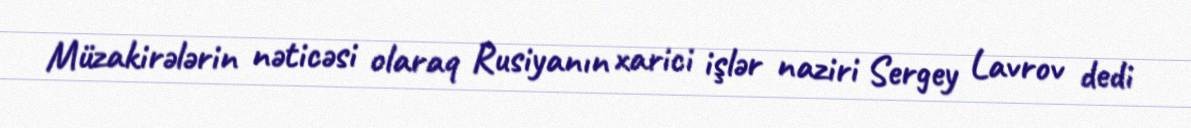
Müzakirələrin nəticəsi olaraq Rusiyanın xarici işlər naziri Sergey Lavrov dedi